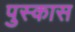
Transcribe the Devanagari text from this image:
पुस्कास